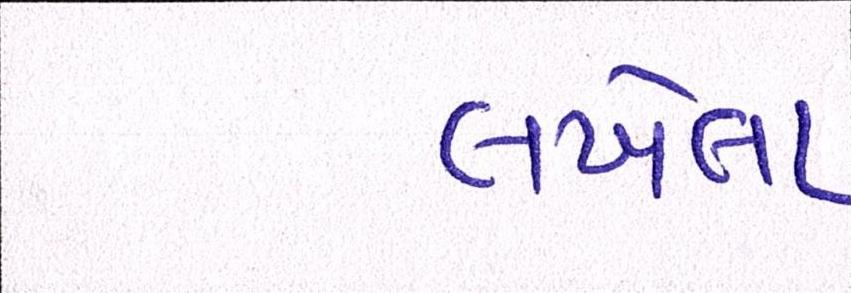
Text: લખેલા